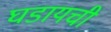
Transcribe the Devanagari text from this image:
घडायची